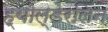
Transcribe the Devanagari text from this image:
ह्योल्डेरलिन